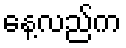
နေ့လည်က